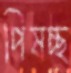
পিষচ্ছ